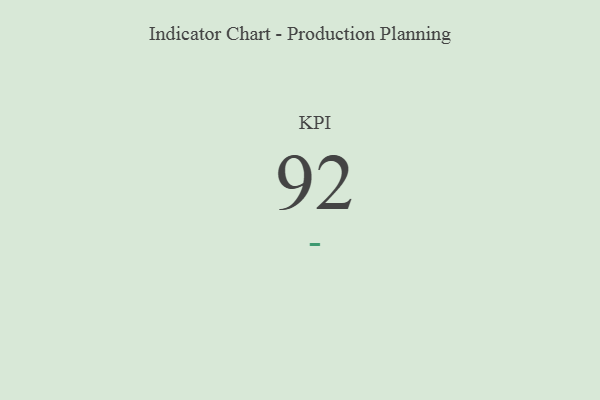
{"axis": {"x": "KPI", "y": "Value"}, "legend": [""], "data": [{"x": "KPI", "y": 92, "type": ""}]}